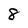
Character: 8